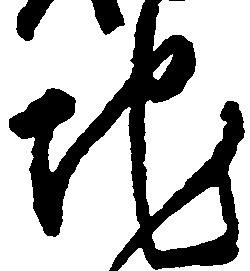
地